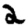
Digit: 2